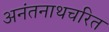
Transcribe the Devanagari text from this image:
अनंतनाथचरित